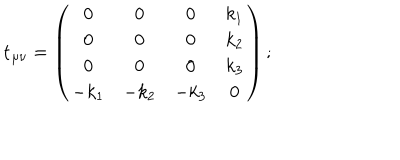
{ \bf t } _ { \mu \nu } = \left( \begin{array} { c c c c } { { 0 } } & { { 0 } } & { { 0 } } & { { k _ { 1 } } } \\ { { 0 } } & { { 0 } } & { { 0 } } & { { k _ { 2 } } } \\ { { 0 } } & { { 0 } } & { { 0 } } & { { k _ { 3 } } } \\ { { - k _ { 1 } } } & { { - k _ { 2 } } } & { { - k _ { 3 } } } & { { 0 } } \\ \end{array} \right) ;